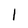
Character: l